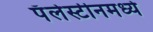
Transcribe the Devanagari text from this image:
पॅलेस्टीनमध्ये